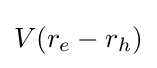
V(r_{e}-r_{h})